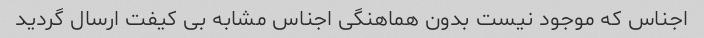
اجناس که موجود نیست بدون هماهنگی اجناس مشابه بی کیفت ارسال گردید